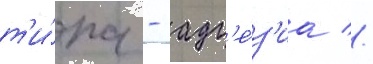
т'и́па - адг'е́з'иа //